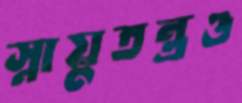
স্নায়ুতন্ত্রও